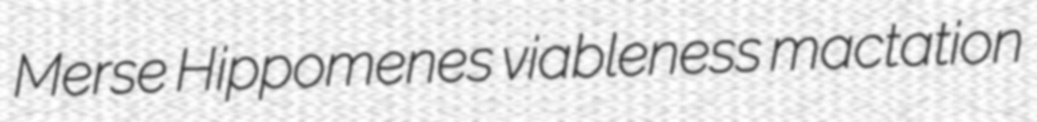
Merse Hippomenes viableness mactation